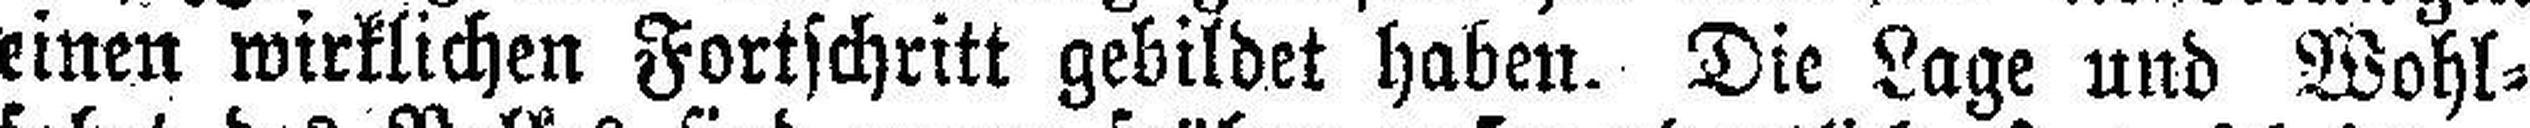
einen wirklichen Fortschritt gebildet haben. Die Lage und Wohl¬